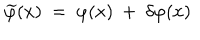
\widetilde \varphi ( x ) ~ = ~ \varphi ( x ) ~ + ~ \delta \varphi ( x )